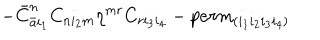
- { \bar { C } } _ { { \bar { a } } i _ { 1 } } ^ { n } C _ { n i _ { 2 } m } \eta ^ { m r } C _ { r i _ { 3 } i _ { 4 } } - p e r m _ { ( i _ { 1 } i _ { 2 } i _ { 3 } i _ { 4 } ) }